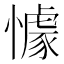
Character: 懅